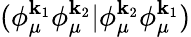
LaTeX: (\phi_{\mu}^{\mathbf{k}_{1}}\phi_{\mu}^{\mathbf{k}_{2}}|\phi_{\mu}^{\mathbf{k}_{2}}\phi_{\mu}^{\mathbf{k}_{1}})